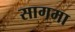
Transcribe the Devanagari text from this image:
सागमा